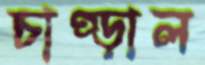
চাপ্‌ড়াল